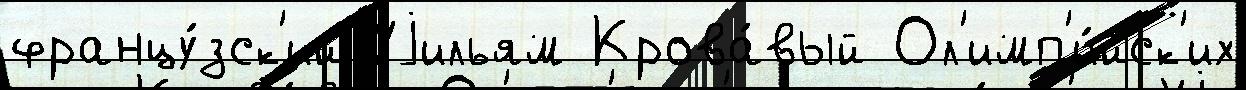
францу́зск'ий Уjильям Крова́вый Ол'имп'и́йск'их